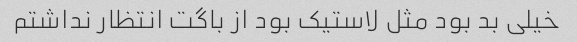
خیلی بد بود مثل لاستیک بود از باگت انتظار نداشتم